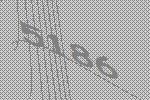
5186